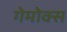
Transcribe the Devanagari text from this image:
गेमोक्स